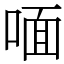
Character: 喕